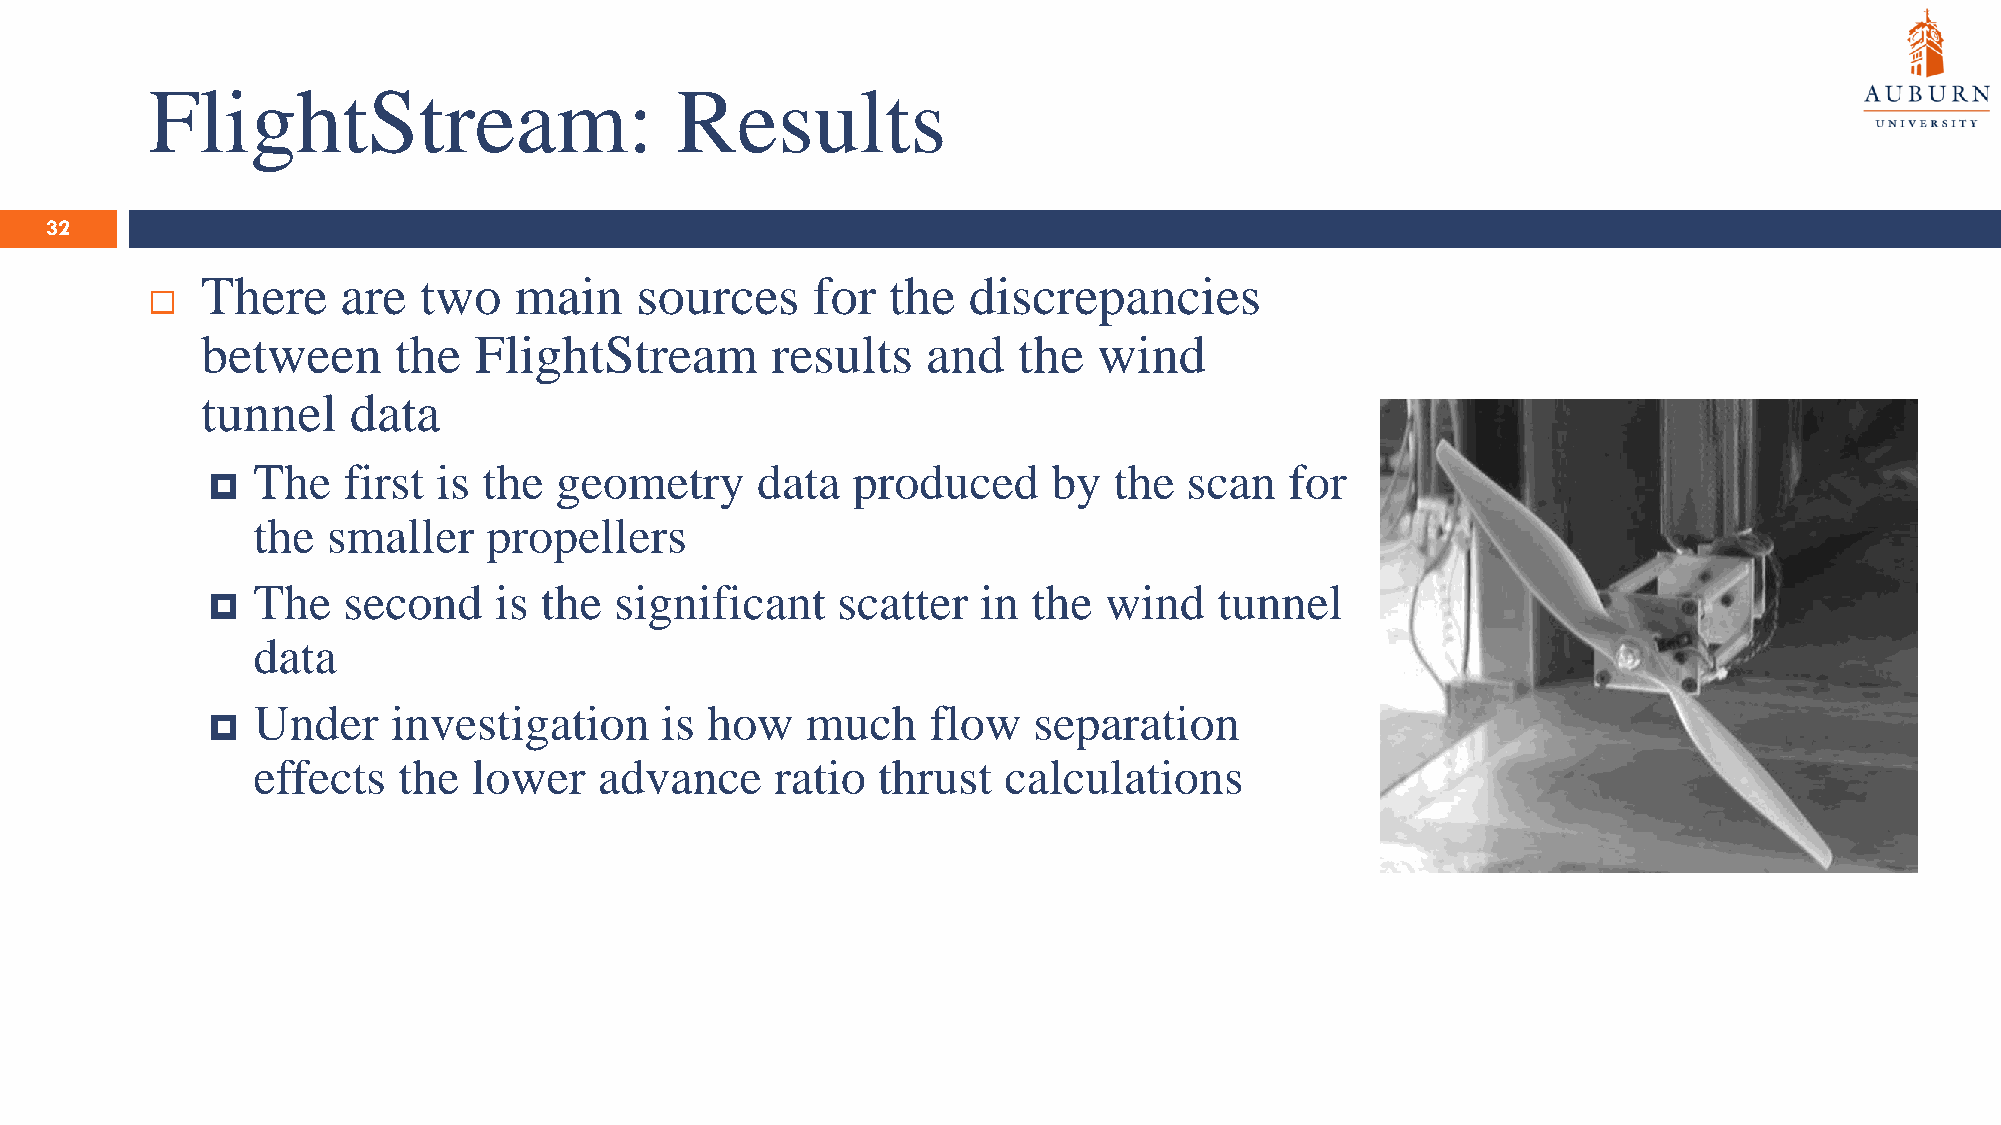
FlightStream:                      Results
 32
 There     are  two   main    sources     for  the  discrepancies
 
 between      the  FlightStream        results   and   the   wind
 tunnel    data
 The   first is the  geometry     data  produced      by  the  scan  for
 
 the  smaller   propellers
 The   second    is the  significant   scatter   in the  wind    tunnel
 
 data
 Under    investigation     is how   much     flow  separation
 
 effects  the  lower    advance    ratio  thrust  calculations